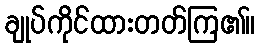
ချုပ်ကိုင်ထားတတ်ကြ၏။